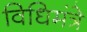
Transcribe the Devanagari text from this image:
विधिमंत्रे